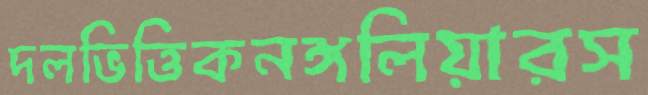
দলভিত্তিকনঙ্গলিয়ারস